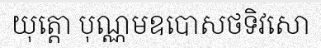
យុត្តោ បុណ្ណមឧបោសថទិវសោ